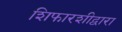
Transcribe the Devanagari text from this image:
शिफारशीद्वारा